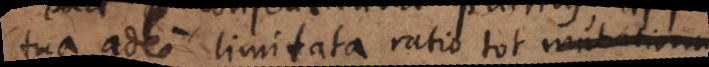
tua adeo limitata ratio tot mutationum